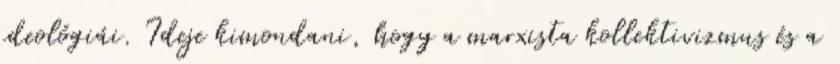
ideológiái. Ideje kimondani, hogy a marxista kollektivizmus és a